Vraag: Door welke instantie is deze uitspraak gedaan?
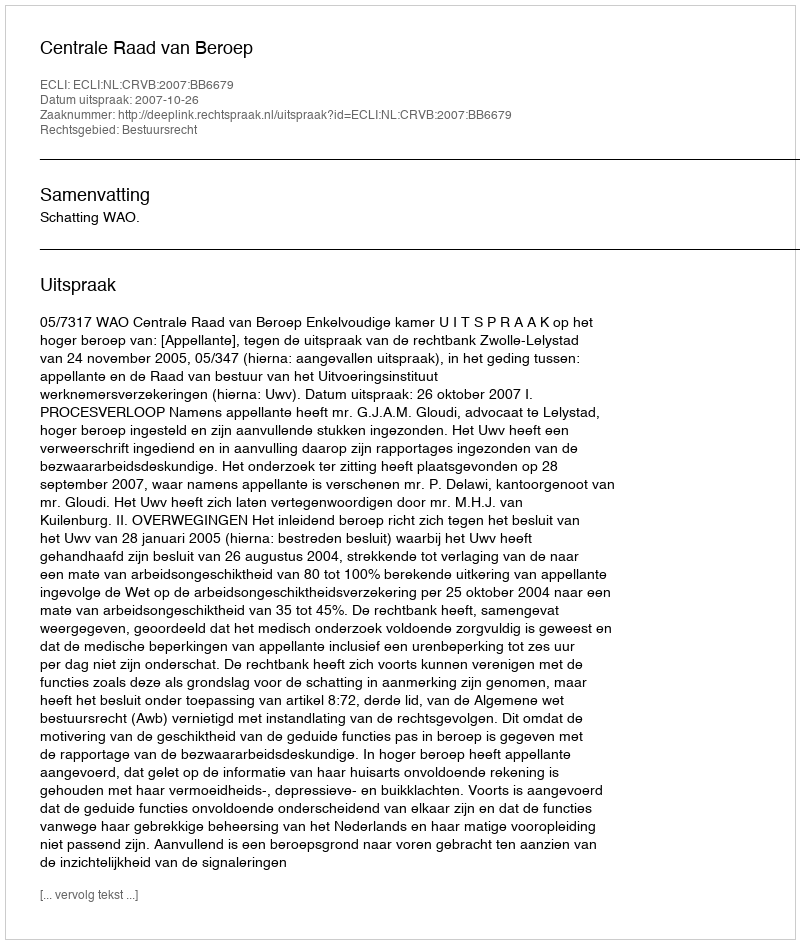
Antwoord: Centrale Raad van Beroep